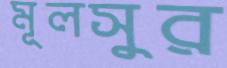
মূলসুর